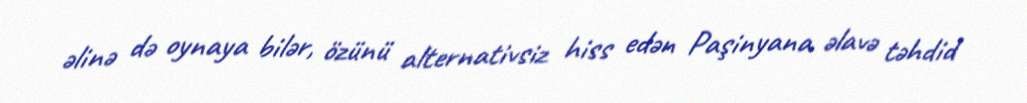
əlinə də oynaya bilər, özünü alternativsiz hiss edən Paşinyana əlavə təhdid